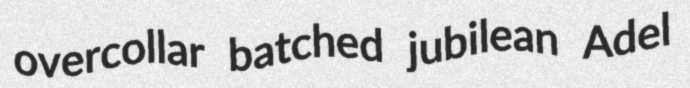
overcollar batched jubilean Adel